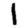
Digit: 1